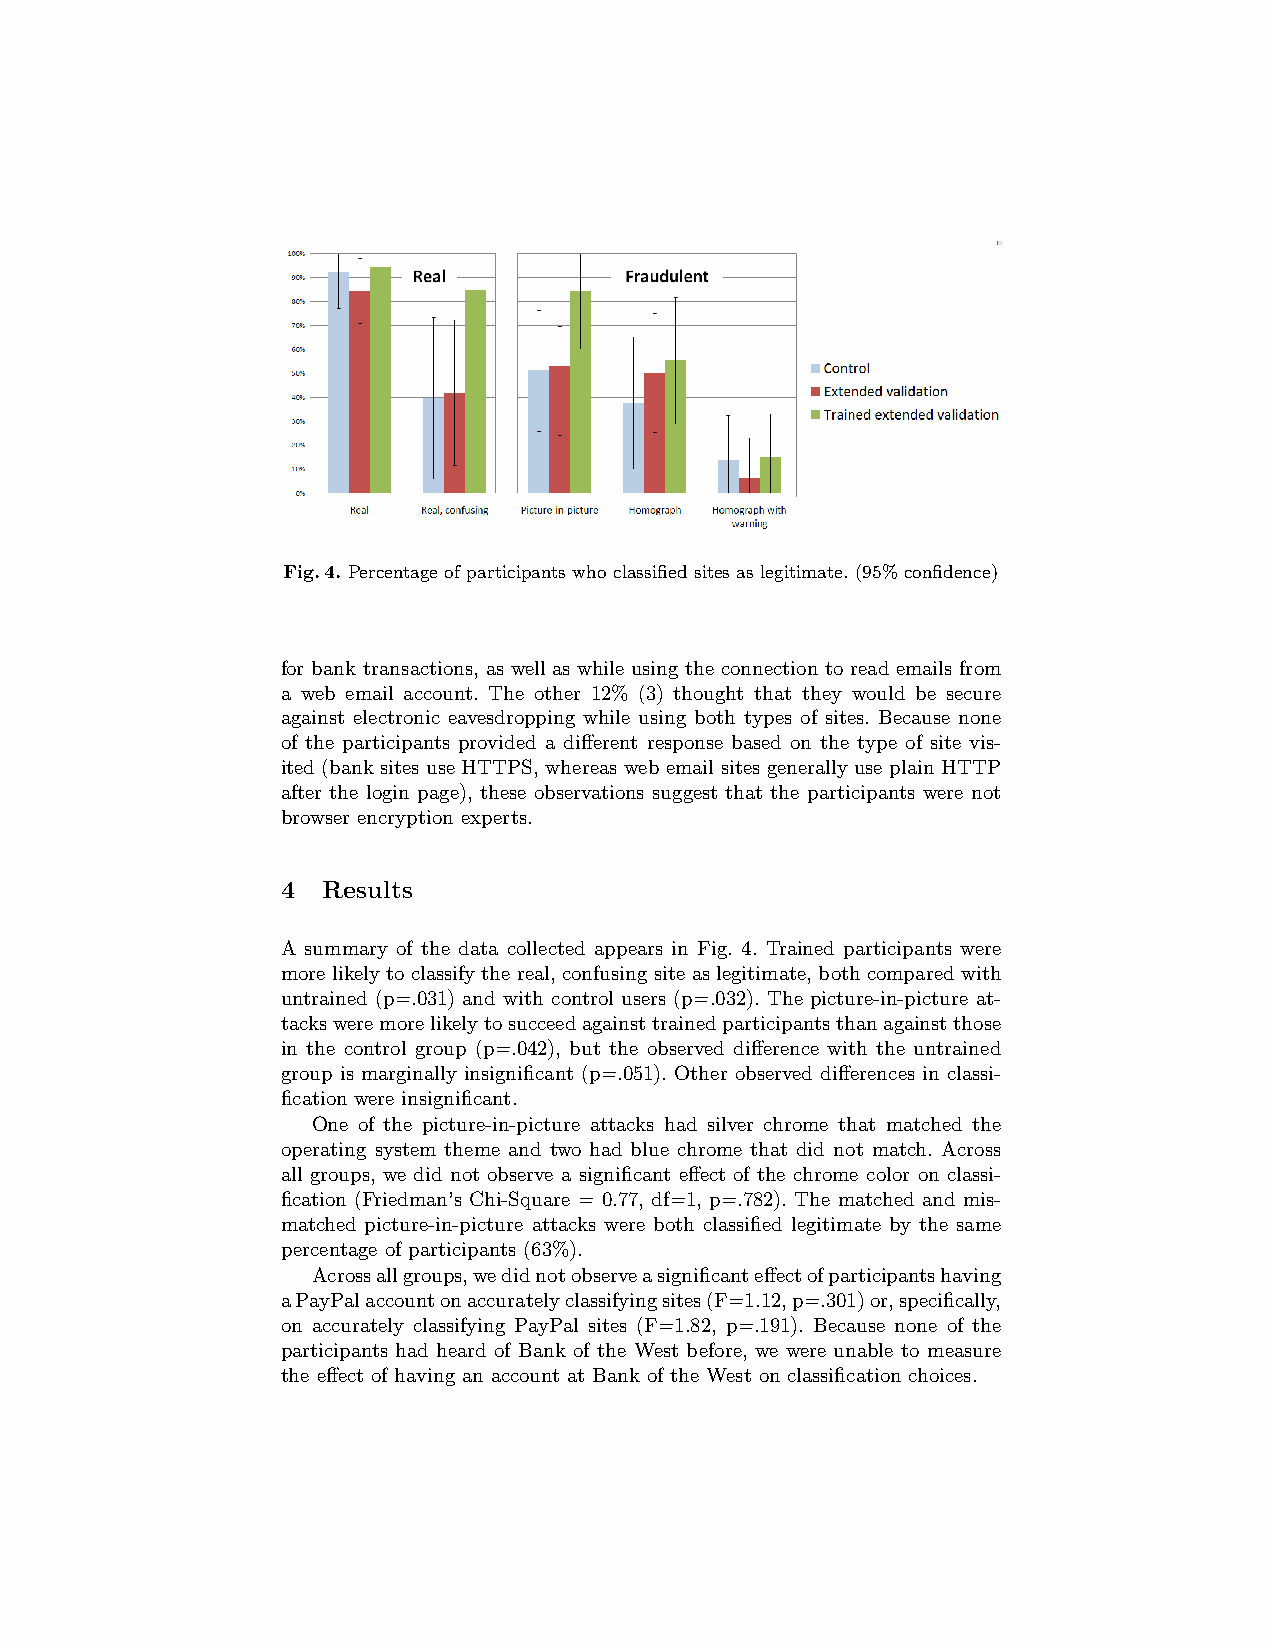
Fig.4. Percentage of participants who classified sites as legitimate. (95% confidence)
 for bank transactions, as well as while using the connection to read emails from
 a web email account. The other 12% (3) thought that they would be secure
 against electronic eavesdropping while using both types of sites. Because none
 of the participants provided a different response based on the type of site vis-
 ited (bank sites use HTTPS, whereas web email sites generally use plain HTTP
 after the login page), these observations suggest that the participants were not
 browser encryption experts.
 4 Results
 A summary of the data collected appears in Fig. 4. Trained participants were
 more likely to classify the real, confusing site as legitimate, both compared with
 untrained (p=.031) and with control users (p=.032). The picture-in-picture at-
 tacksweremorelikelytosucceedagainsttrainedparticipantsthanagainstthose
 in the control group (p=.042), but the observed difference with the untrained
 group is marginally insignificant (p=.051). Other observed differences in classi-
 fication were insignificant.
 One of the picture-in-picture attacks had silver chrome that matched the
 operating system theme and two had blue chrome that did not match. Across
 all groups, we did not observe a significant effect of the chrome color on classi-
 fication (Friedman’s Chi-Square = 0.77, df=1, p=.782). The matched and mis-
 matched picture-in-picture attacks were both classified legitimate by the same
 percentage of participants (63%).
 Acrossallgroups,wedidnotobserveasignificanteffectofparticipantshaving
 aPayPalaccountonaccuratelyclassifyingsites(F=1.12,p=.301)or,specifically,
 on accurately classifying PayPal sites (F=1.82, p=.191). Because none of the
 participants had heard of Bank of the West before, we were unable to measure
 the effect of having an account at Bank of the West on classification choices.